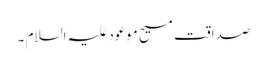
صداقت مسیح موعود علیہ السلام ۔